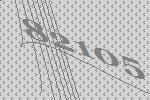
82105